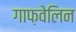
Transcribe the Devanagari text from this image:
गाफ़वेलिन